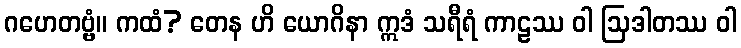
ဂဟေတဗ္ဗံ။ ကထံ? တေန ဟိ ယောဂိနာ ဣဒံ သရီရံ ကာဠဿ ဝါ ဩဒါတဿ ဝါ